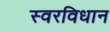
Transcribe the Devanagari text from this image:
स्वरविधान